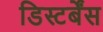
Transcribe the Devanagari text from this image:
डिस्टर्बेंस